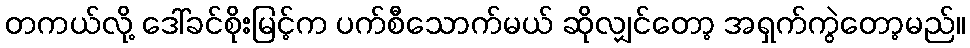
တကယ်လို့ ဒေါ်ခင်စိုးမြင့်က ပက်စီသောက်မယ် ဆိုလျှင်တော့ အရှက်ကွဲတော့မည်။